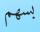
بسھم